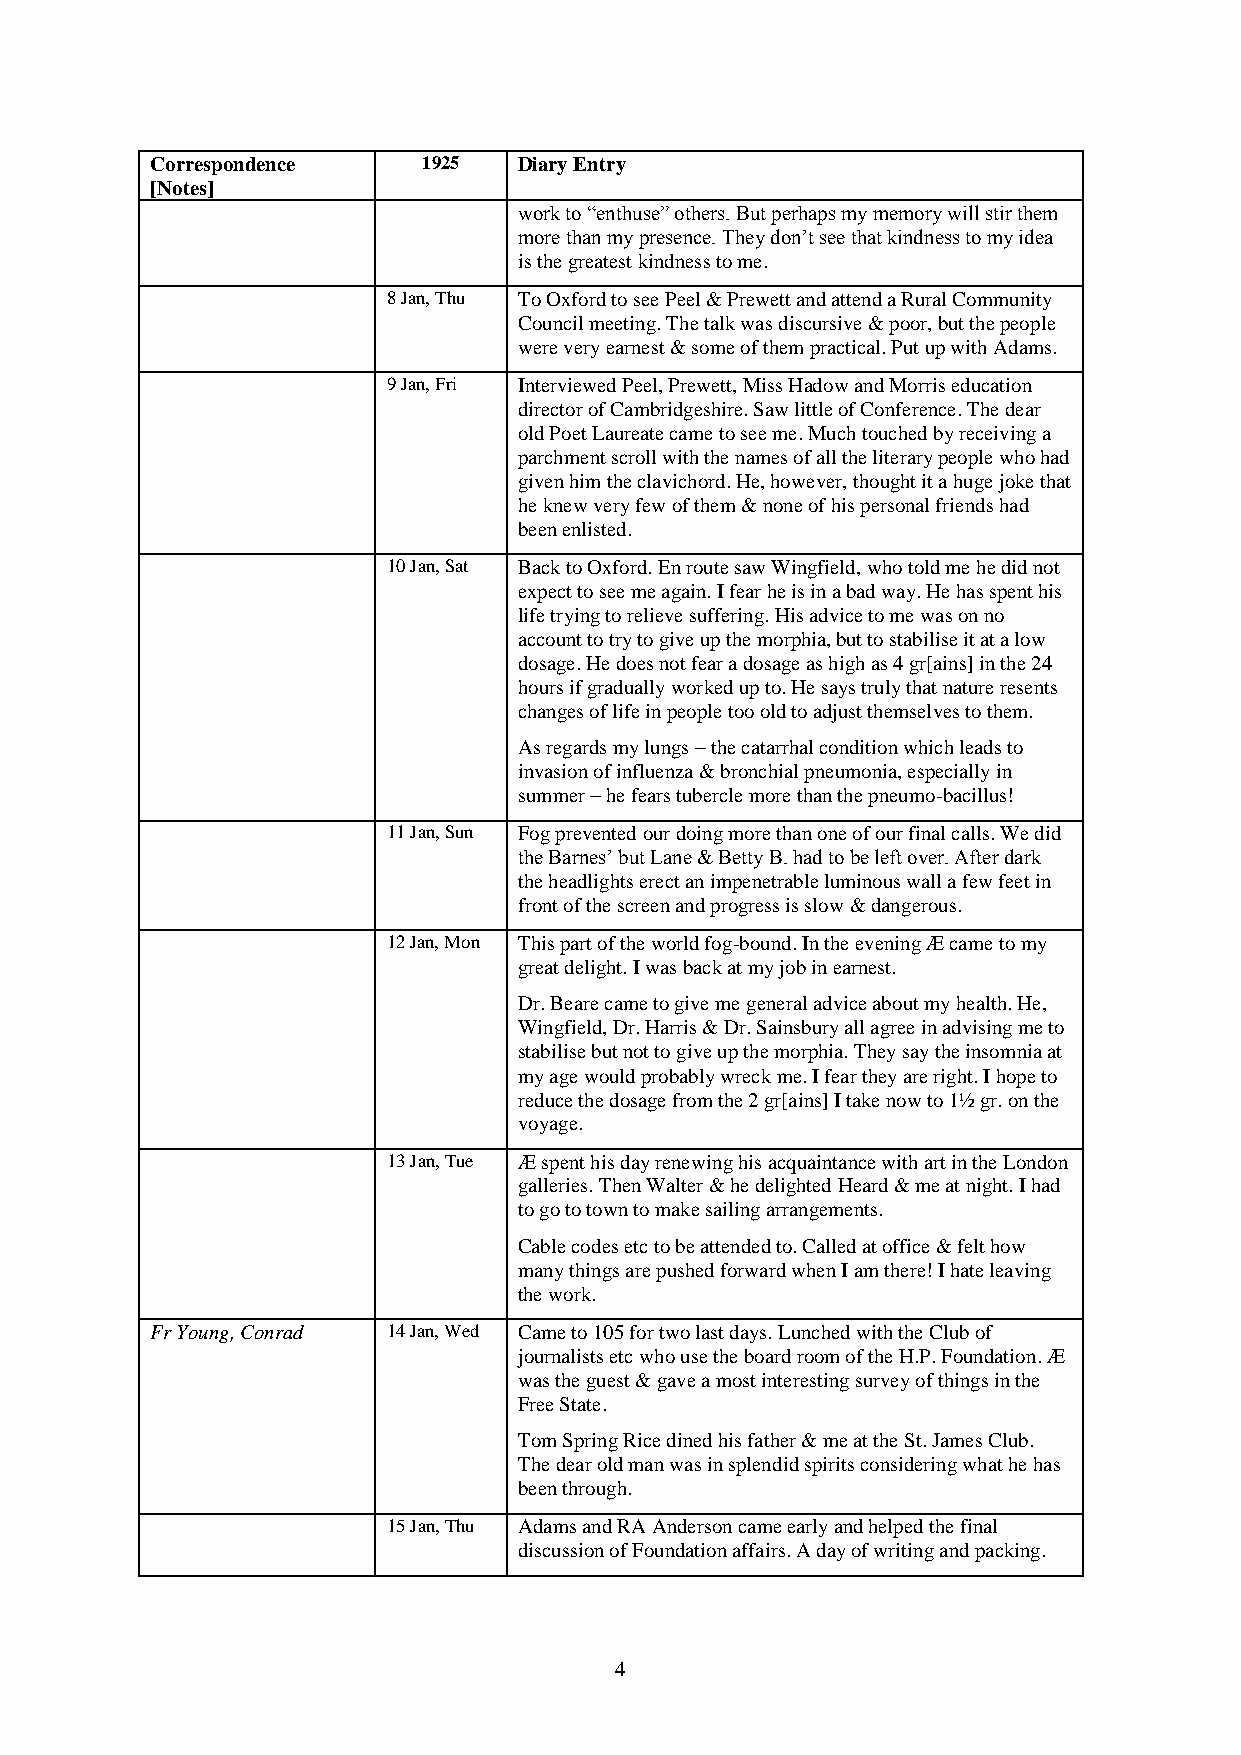
Correspondence    1925  Diary Entry
 [Notes]
 work to “enthuse” others. But perhaps my memory will stir them
 more than my presence. They don’t see that kindness to my idea
 is the greatest kindness to me.
 8 Jan, Thu To Oxford to see Peel & Prewett and attend a Rural Community
 Council meeting. The talk was discursive & poor, but the people
 were very earnest & some of them practical. Put up with Adams.
 9 Jan, Fri Interviewed Peel, Prewett, Miss Hadow and Morris education
 director of Cambridgeshire. Saw little of Conference. The dear
 old Poet Laureate came to see me. Much touched by receiving a
 parchment scroll with the names of all the literary people who had
 given him the clavichord. He, however, thought it a huge joke that
 he knew very few of them & none of his personal friends had
 been enlisted.
 10 Jan, Sat Back to Oxford. En route saw Wingfield, who told me he did not
 expect to see me again. I fear he is in a bad way. He has spent his
 life trying to relieve suffering. His advice to me was on no
 account to try to give up the morphia, but to stabilise it at a low
 dosage. He does not fear a dosage as high as 4 gr[ains] in the 24
 hours if gradually worked up to. He says truly that nature resents
 changes of life in people too old to adjust themselves to them.
 As regards my lungs – the catarrhal condition which leads to
 invasion of influenza & bronchial pneumonia, especially in
 summer – he fears tubercle more than the pneumo-bacillus!
 11 Jan, Sun Fog prevented our doing more than one of our final calls. We did
 the Barnes’ but Lane & Betty B. had to be left over. After dark
 the headlights erect an impenetrable luminous wall a few feet in
 front of the screen and progress is slow & dangerous.
 12 Jan, Mon This part of the world fog-bound. In the evening Æ came to my
 great delight. I was back at my job in earnest.
 Dr. Beare came to give me general advice about my health. He,
 Wingfield, Dr. Harris & Dr. Sainsbury all agree in advising me to
 stabilise but not to give up the morphia. They say the insomnia at
 my age would probably wreck me. I fear they are right. I hope to
 reduce the dosage from the 2 gr[ains] I take now to 1½ gr. on the
 voyage.
 13 Jan, Tue Æ spent his day renewing his acquaintance with art in the London
 galleries. Then Walter & he delighted Heard & me at night. I had
 to go to town to make sailing arrangements.
 Cable codes etc to be attended to. Called at office & felt how
 many things are pushed forward when I am there! I hate leaving
 the work.
 Fr Young, Conrad 14 Jan, Wed Came to 105 for two last days. Lunched with the Club of
 journalists etc who use the board room of the H.P. Foundation. Æ
 was the guest & gave a most interesting survey of things in the
 Free State.
 Tom Spring Rice dined his father & me at the St. James Club.
 The dear old man was in splendid spirits considering what he has
 been through.
 15 Jan, Thu Adams and RA Anderson came early and helped the final
 discussion of Foundation affairs. A day of writing and packing.
 4